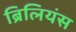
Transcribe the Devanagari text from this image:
ब्रिलियंस